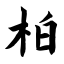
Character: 柏